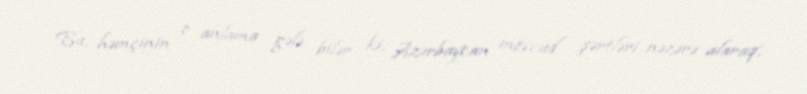
Bu, həmçinin o anlama gələ bilər ki, Azərbaycan mövcud şərtləri nəzərə alaraq,